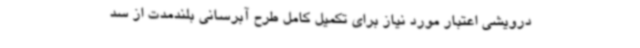
درویشی اعتبار مورد نیاز برای تکمیل کامل طرح آبرسانی بلندمدت از سد